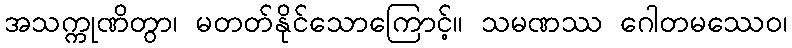
အသက္ကုဏိတွာ၊ မတတ်နိုင်သောကြောင့်။ သမဏဿ ဂေါတမဿေဝ၊